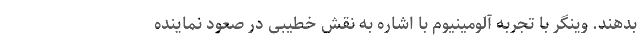
بدهند. وینگر با تجربه آلومینیوم با اشاره به نقش خطیبی در صعود نماینده